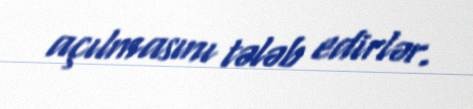
açılmasını tələb edirlər.